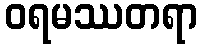
ဝရမဿတရာ